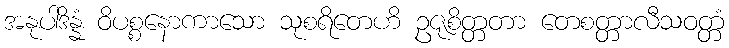
အနုပါဒိန္နံ ဝိပစ္စနောကာသော သုစရိတေဟိ ဥဇုစိတ္တတာ တေစတ္တာလီသဝတ္တံ